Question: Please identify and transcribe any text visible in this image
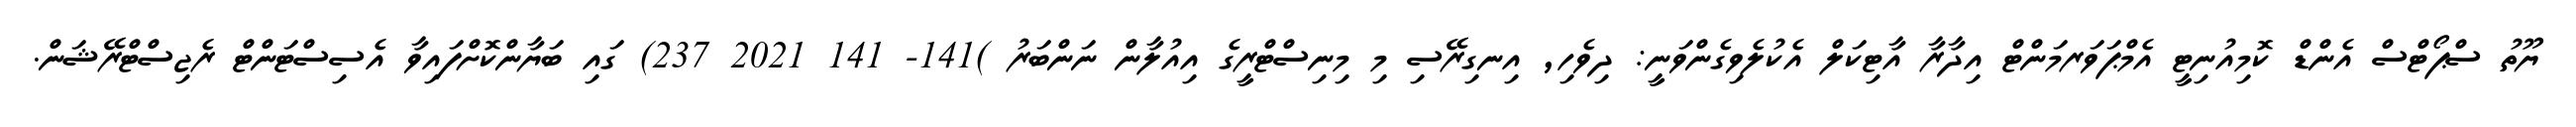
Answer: ޔޫތު ސްޕޯޓްސް އެންޑް ކޮމިއުނިޓީ އެމްޕަވަރމަންޓް އިދާރާ އާޓިކަލް އެކުލެވިގެންވަނީ: ދިވެހި, އިނގިރޭސި މި މިނިސްޓްރީގެ އިއުލާން ނަންބަރު )141- 141 2021 237) ގައި ބަޔާންކޮށްފައިވާ އެސިސްޓަންޓް ރެޖިސްޓްރޭޝަން.